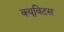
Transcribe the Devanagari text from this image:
क्यूविटस